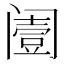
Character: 𨸌